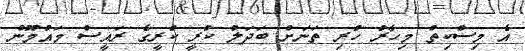
އެ މިސްކިތް މިހާރު ހުރި ތަނަށް ބަދަލު ކުރީ ކުރީގެ ރައީސް މައުމޫން